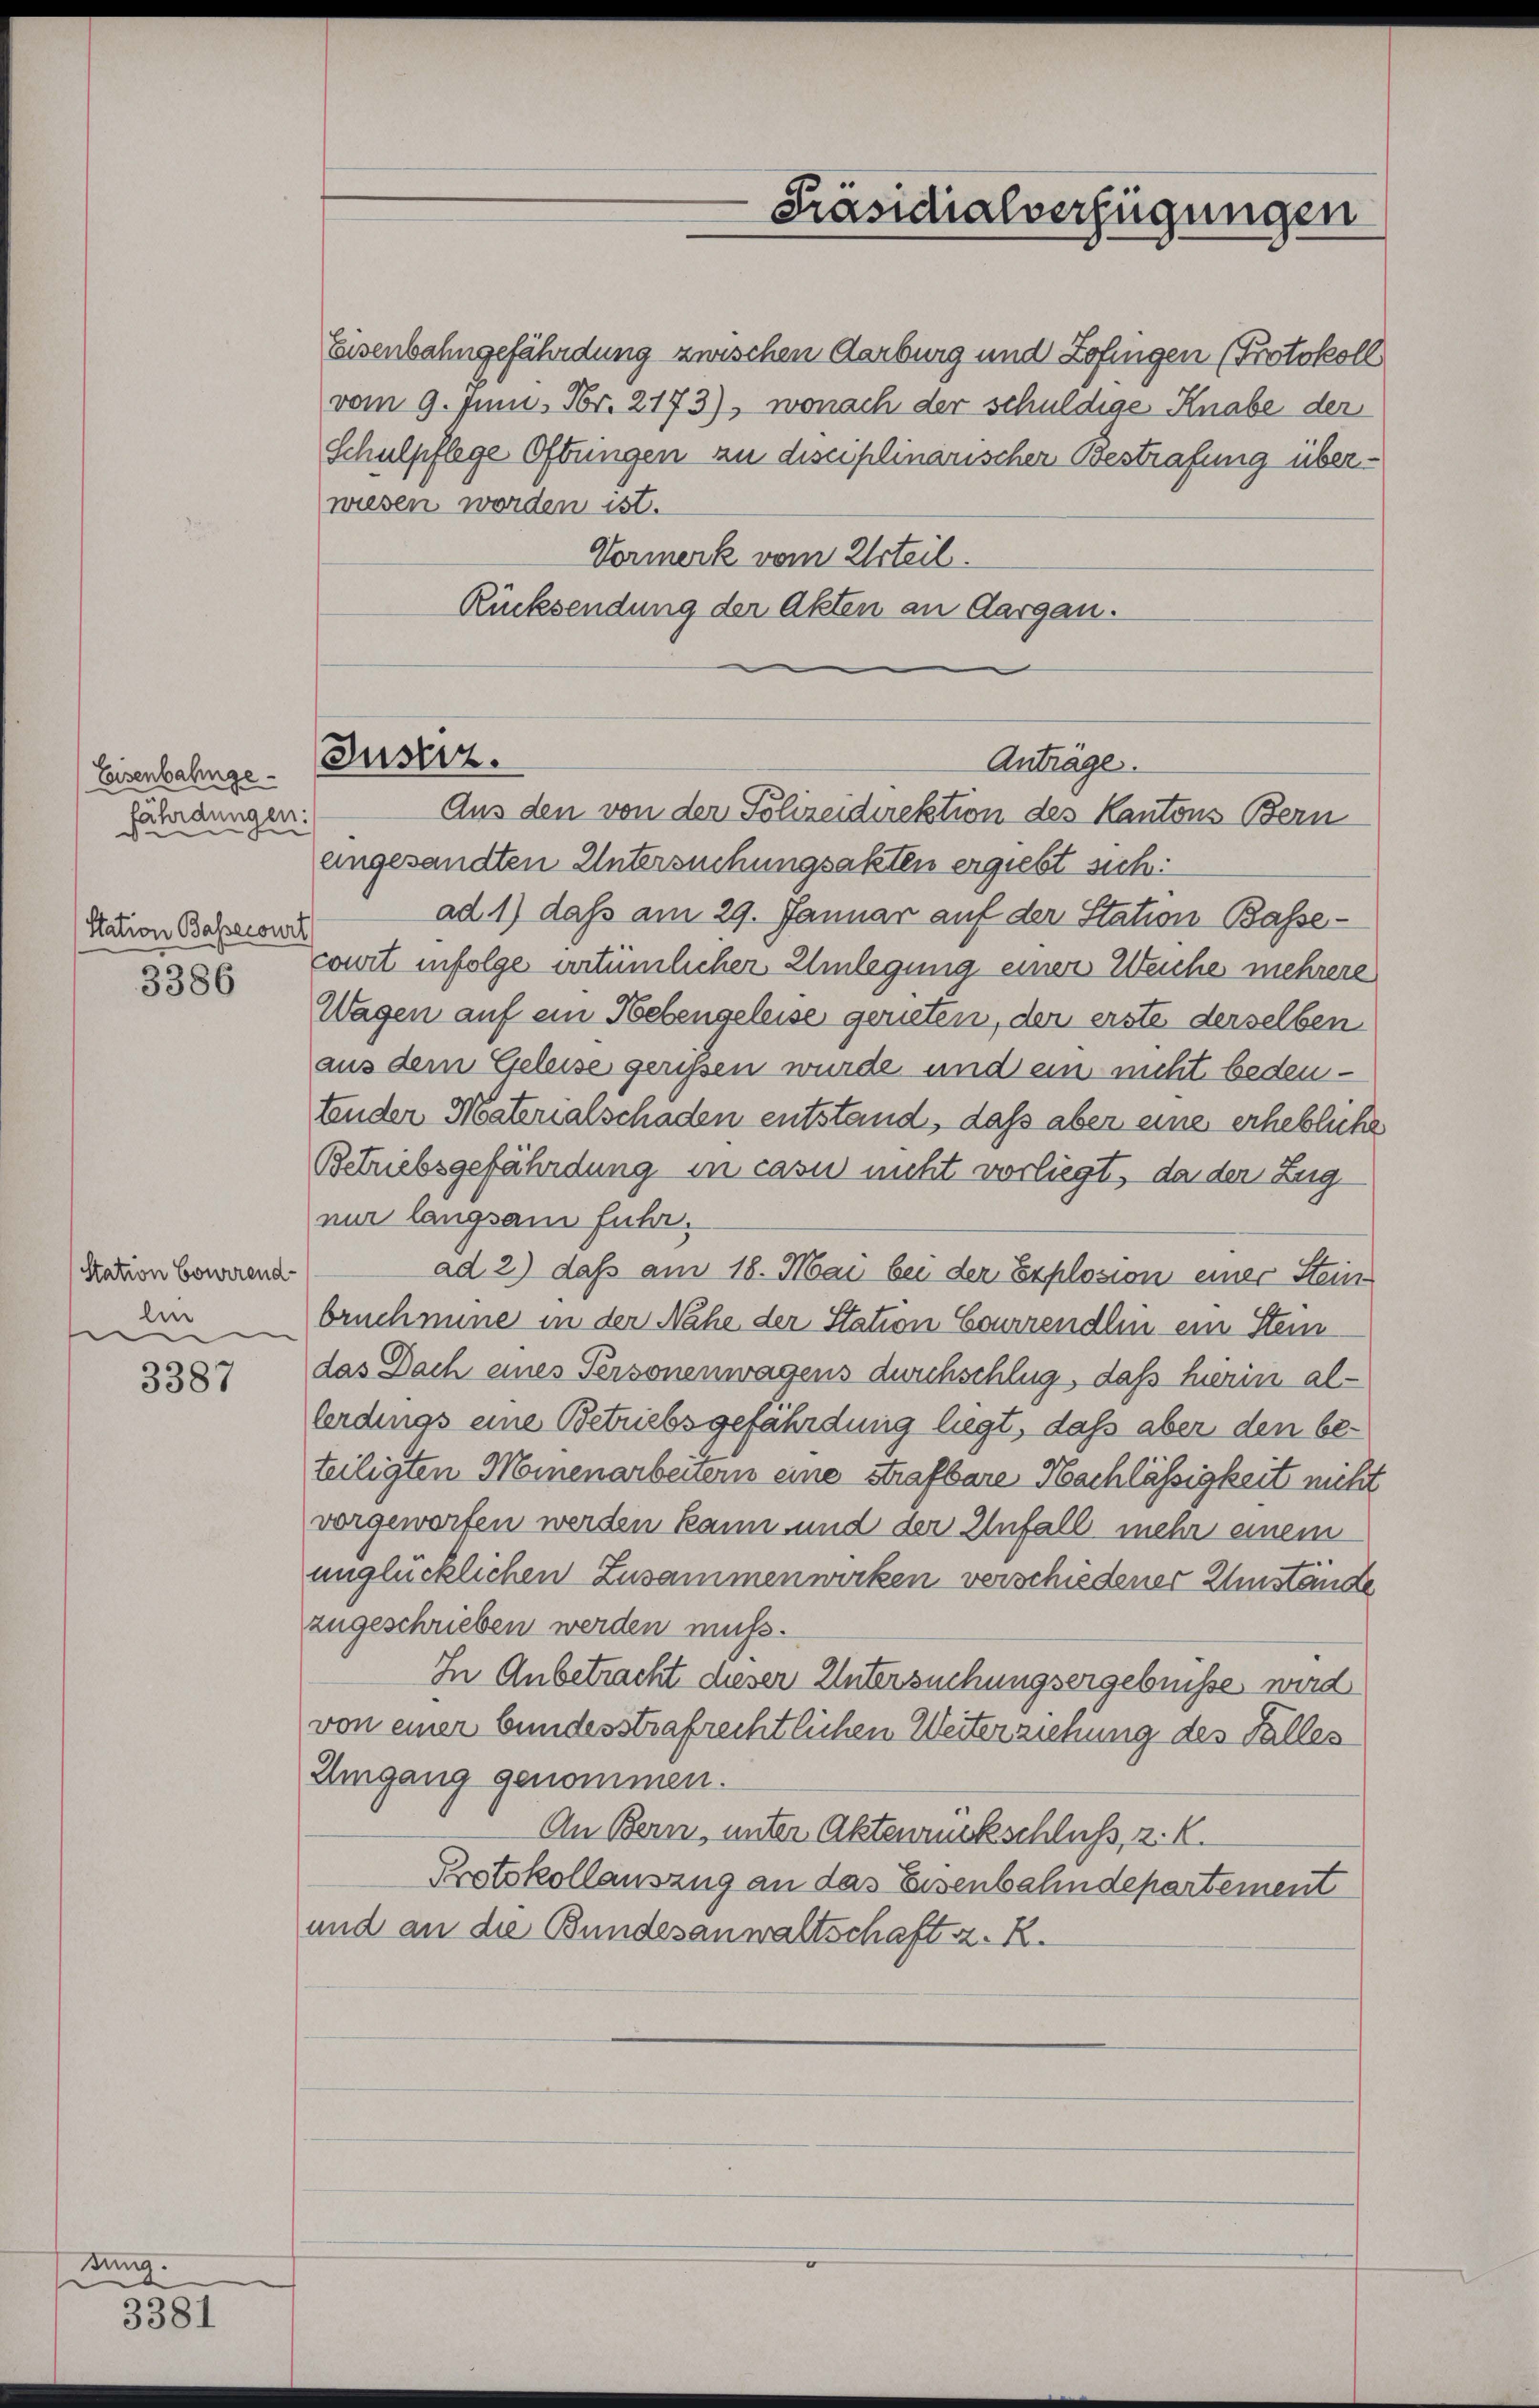
Eisenbahngefährdungen:
Station Bassecourt

3386

Station Courirend-
len
.
e

3387

dung.

3381

wiesen worden ist.
Vormerk vom Urteil.
Rücksendung der Akten an Aargau.

Justiz.

eingesandten Untersuchungsakten ergiebt sich:
ad 1) daß am 29. Januar auf der Station Bassewurt infolge artümlicher Umlegung einer Weiche mehrere
Wagen auf ein Hebengeleise gerieten, der erste derselben
aus dem Geleise gerissen wurde und ein nicht bedeutender Materialschaden entstand, daß aber eine erhebliche
Betriebsgefährdung in casu nicht vorliegt, da der Zug
nur langsam fuhr.
ad 2) daß am 18. Mai bei der Explosion einer Stein-
bruchmine in der Nahe der Station Courirendlin ein Stein
das Dach eines Personenwagens durchschlug, dass hierin al¬
Ordings eine Betriebsgefährdung liegt, daß aber den beteiligten Meinenarbeitern eine strafbare Nachlässigkeit nicht
vorgeworfen werden kann und der Unfall mehr einem
¬
unglücklichen Zusammenwirken verschiedener Umstande
zugeschrieben werden muss.
In Anbetracht dieser Untersuchungsergebnisse, wird
von einer bundesstrafrechtlichen Weiterziehung des Falles
Umgang genommen.
An Bern, unter Aktenrückschluß, z. K.
Protokollauszug an das Eisenbahndepartement
und an die Bundesanwaltschaft z. B.

Präsidialverfügungen

Eisenbahngefährdung zwischen Aarburg und Zofingen (Protokoll
vom 9. Juni. Fr. 2173), wonach der schuldige Knabe der
Schulpflege Oftungen zu disciplinarischer Bestrafung über¬

Anträge.
Aus den von der Polizeidirektion des Kantons Bern